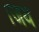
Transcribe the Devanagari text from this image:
।जय